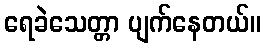
ရေခဲသေတ္တာ ပျက်နေတယ်။